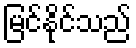
မြင်နိုင်သည်